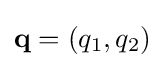
\mathbf {q} =(q_{1},q_{2})